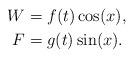
LaTeX: \begin{align*} W&=f(t)\cos(x),\\ F&=g(t)\sin(x).\end{align*}